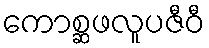
ကောစ္ဆဖလူပဇီဝီ